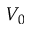
V _ { 0 }